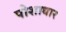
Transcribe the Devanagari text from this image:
पोशाधार